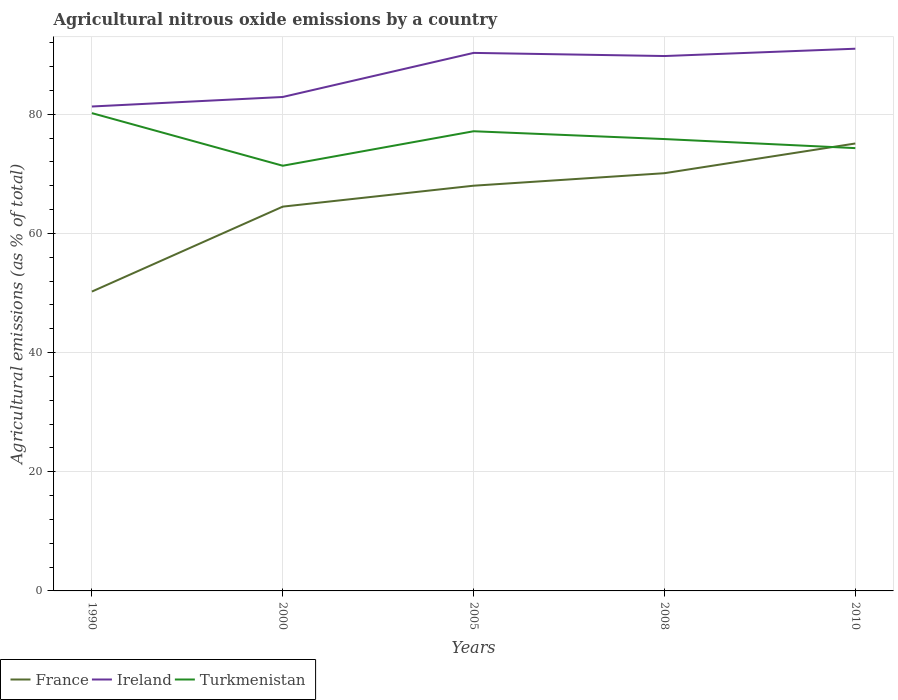
| Years | France | Ireland | Turkmenistan |
 | --- | --- | --- | --- |
 | 1990 | 50.2 | 81.3 | 80.2 |
 | 2000 | 64.5 | 82.9 | 71.4 |
 | 2005 | 68 | 90.3 | 77.2 |
 | 2008 | 70.1 | 89.8 | 75.8 |
 | 2010 | 75.1 | 91 | 74.3 |